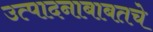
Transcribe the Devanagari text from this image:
उत्पादनाबाबतचे